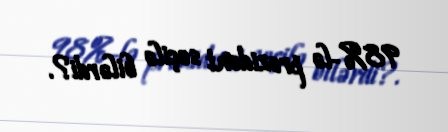
98%-lə prezident seçilə bilərdi?.